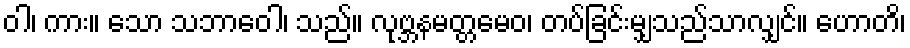
ဝါ၊ ကား။ သော သဘာဝေါ၊ သည်။ လုဗ္ဘနမတ္တမေဝ၊ တပ်ခြင်းမျှသည်သာလျှင်။ ဟောတိ၊